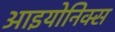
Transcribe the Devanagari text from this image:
आइयोनिक्स